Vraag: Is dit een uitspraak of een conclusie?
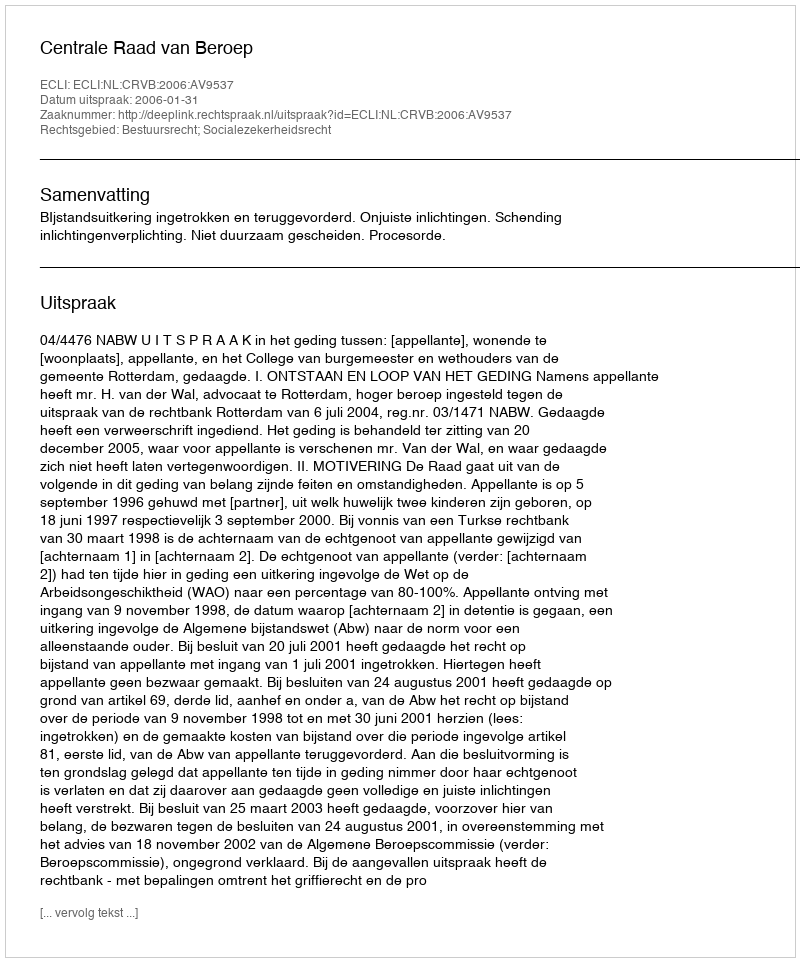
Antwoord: Uitspraak